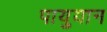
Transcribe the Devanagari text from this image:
पायुयान